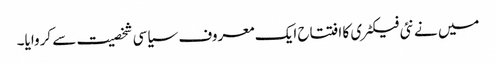
میں نے نئی فیکٹری کا افتتاح ایک معروف سیاسی شخصیت سے کروایا۔